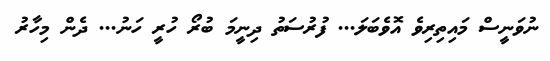
ނުވަނީސް މައިތިރިވެ އޮވެބަލަ... ފުރުސަތު ދިނީމަ ބުރޯ ހުރީ ހަނު... ދެން މިހާރު